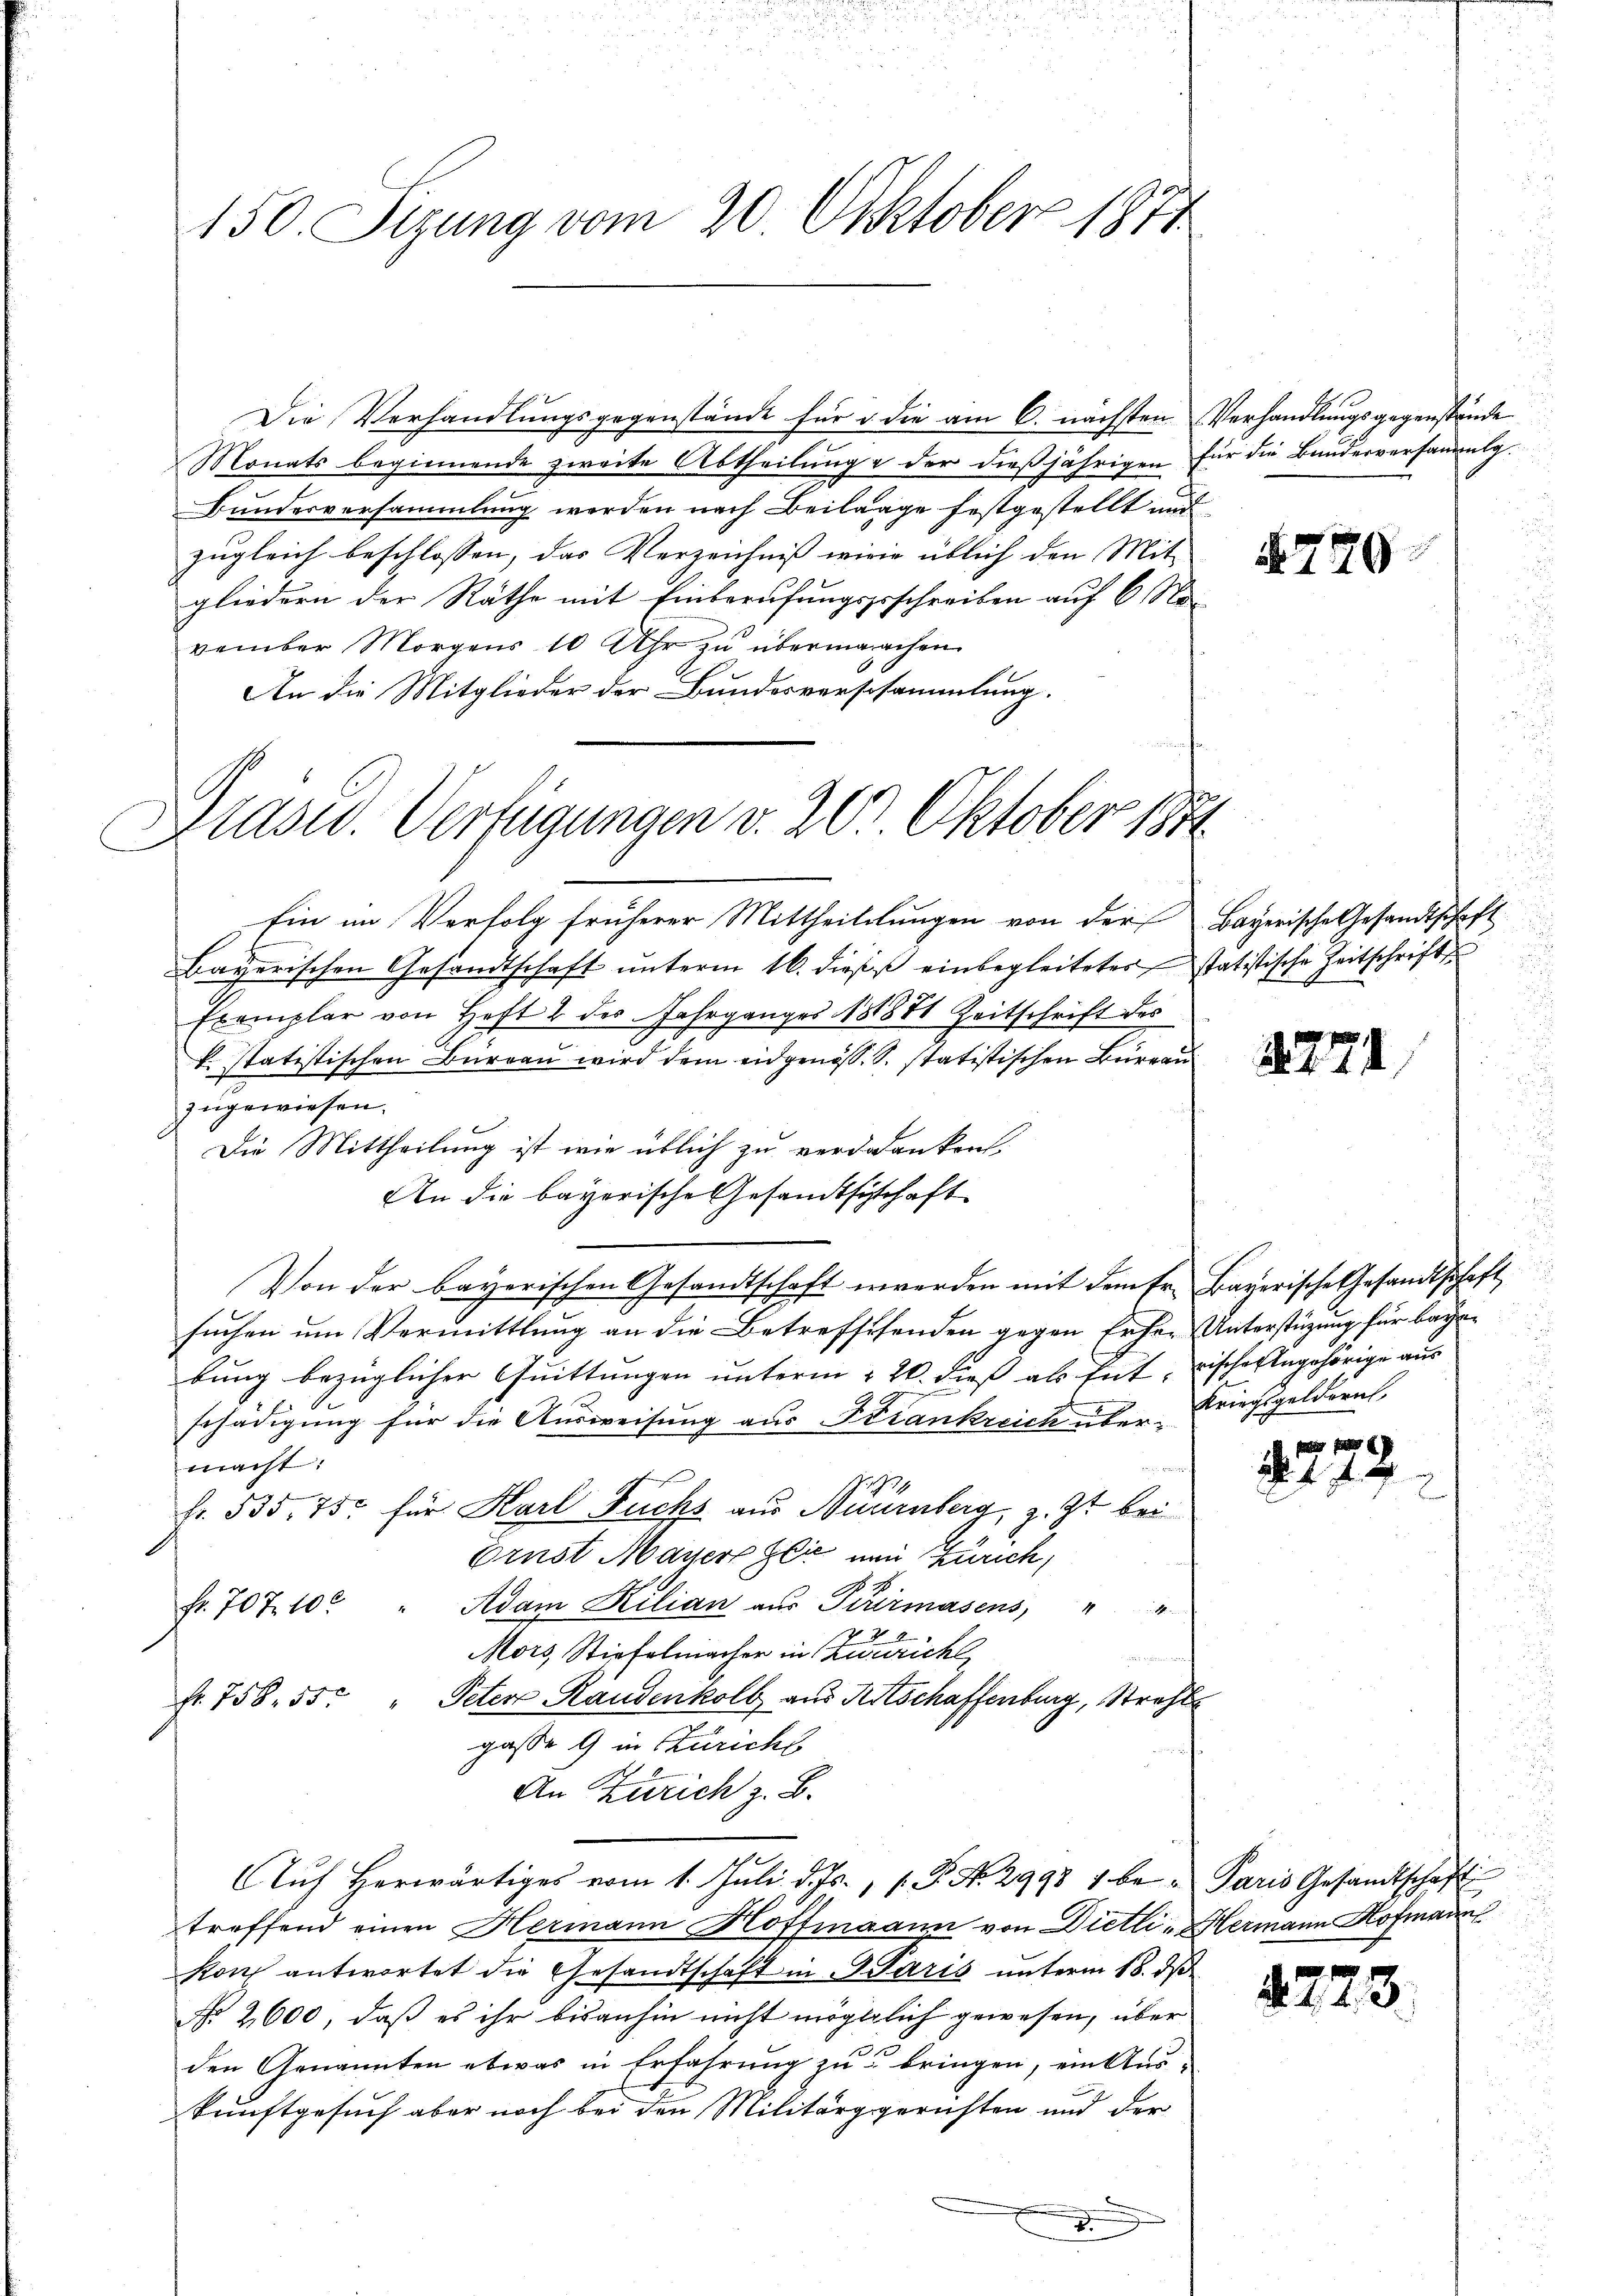
150. Sizung vom 20. Oktober 1874

Die Verhandlungsgegenstände für o die am 6. nächsten Verhandlungsgegenstände
Monats beginnende zweite Abtheilŭng der dieβjährigen für die Banderversammlg.
Bundesversammlung werden nach Beilage festgestellt und
zugleich beschlossen, das Verzeichniß wirde üblich den Mit-
gliedern der Räthe mit Einberufungsgeschreiben auf 6 November Morgens 10 Uhr zu übermachen.
An die Mitglieder der Bundesverschammlung.
Ein im Verfolg früherer Mittheillungen von der Bayerische Gesandtschaft
Bayerischen Gesandtschaft ŭnterm 16. dieß einbegleitetes statistische Zeitschrifte
Exemplar von Heft 2 des Jahrganges 181881 Zeitschrift des
k. statistischen Büreau wird dem eidgenöss. S. statistischen Bureau
zugewiesen.
Die Mittheilung ist wie üblich zu verdankent¬
An die bayerische Gesandtschaft
Von der bayerischen Gesandtschaft erwerden mit dem fr. Bayerische Gesandtschaft
suchen um Vermittlung an die Betreffesenden gegen Eifer Unterstüzung für beybung bezüglicher Quittungen unterm 26. dieß als Ent, rische Angehörige aus
schädigung für die Ausweisung aus Krankreich über Kriegsgeldern,
macht:
Fr. 535. 75. für Karl Fuchs aus Nürnberg, z. Zt. bei
Ernst Mauers gli nun Zürich,
Adam Kilian aŭs Pturmasens, " "
fr. 707. 10.
Mors, Stiefelmacher in Zürich
Fr. 758. 55. " Peter Randenkoll aus Ritschaffenburg, Strehls
gaße 9 in Zürichs
An Zürich z. B.
Aŭf herwärtiges vom 1. Juli d. Js., v. P. No. 2998 1 be- Paris Gesandtschaft
treffend einen Hermann Hoffmann von Dietli - Hermann Hofmann
Kon antwortet die Gesandtschaft in G. Paris unterm 18. ds
No 2600, daß es ihr bisanhin nicht mögtlich gewesen, über
den Genannten etwas in Erfahrung zu bringen, einkturkunftgesuch aber noch bei den Militärggerichten und der
I

Drasw. Verfügungen v. 20. Oktober 1891

770

2771

A 1 f 0

2. 728.